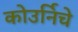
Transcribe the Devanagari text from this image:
कोउर्निचे